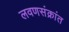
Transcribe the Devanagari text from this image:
लवणसंक्रांत